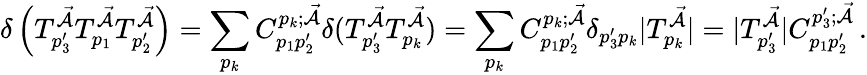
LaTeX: \delta\left(T_{p_{3}^{\prime}}^{\mathcal{\vec{A}}}T_{p_{1}}^{\mathcal{\vec{A}}}T_{p_{2}^{\prime}}^{\mathcal{\vec{A}}}\right)=\sum_{p_{k}}C_{p_{1}p_{2}^{\prime}}^{p_{k};\mathcal{\vec{A}}}\delta(T_{p_{3}^{\prime}}^{\mathcal{\vec{A}}}T_{p_{k}}^{\mathcal{\vec{A}}})=\sum_{p_{k}}C_{p_{1}p_{2}^{\prime}}^{p_{k};\mathcal{\vec{A}}}\delta_{p_{3}^{\prime}p_{k}}|T_{p_{k}}^{\mathcal{\vec{A}}}|=|T_{p_{3}^{\prime}}^{\mathcal{\vec{A}}}|C_{p_{1}p_{2}^{\prime}}^{p_{3}^{\prime};\mathcal{\vec{A}}}\, .